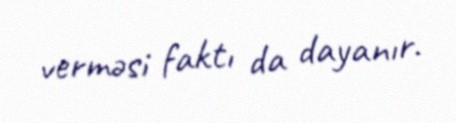
verməsi faktı da dayanır.